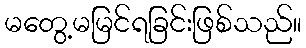
မတွေ့မမြင်ရခြင်းဖြစ်သည်။